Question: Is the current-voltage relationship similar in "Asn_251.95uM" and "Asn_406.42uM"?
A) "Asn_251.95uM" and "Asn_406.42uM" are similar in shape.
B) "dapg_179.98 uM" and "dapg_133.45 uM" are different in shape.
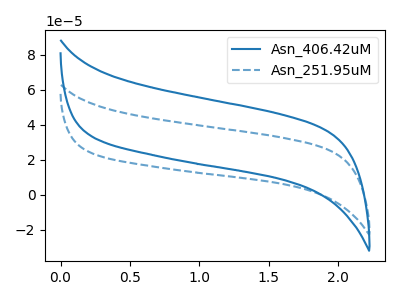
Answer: <think>The blue curve "Asn_406.42uM" has no peaks. The blue dashed curve "Asn_251.95uM" has no peaks.
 Neither "Asn_251.95uM" or "Asn_406.42uM" have any peaks.</think>
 <answer>A) "Asn_251.95uM" and "Asn_406.42uM" are similar in shape.</answer>
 <eval>A</eval>